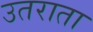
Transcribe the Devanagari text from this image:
उतराता